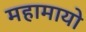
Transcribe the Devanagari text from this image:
महामायो